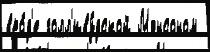
вро́д'е голл'иву́дской Мэнсоном